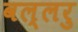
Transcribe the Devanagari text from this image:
वल्लरु